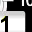
Digit: 1